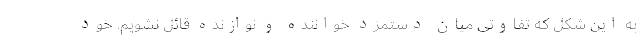
به این شکل که تفاوتی میان دستمزد خواننده و نوازنده قائل نشویم. خود